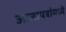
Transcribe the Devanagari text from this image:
आज्ञापत्रांमध्ये